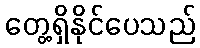
တွေ့ရှိနိုင်ပေသည်